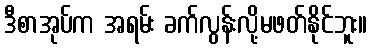
ဒီစာအုပ်က အရမ်း ခက်လွန်းလို့မဖတ်နိုင်ဘူး။